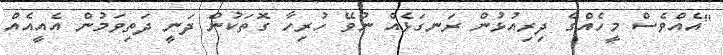
"އެއްވެސް މީހެއްގެ ދިރިއުޅުން ރަނގަޅެއް ނުވޭ ހުރިހާ ގޮތަކުން ދަނީ ދަތިވަމުން އެއީއެއް